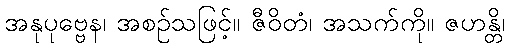
အနုပုဗ္ဗေန၊ အစဉ်သဖြင့်။ ဇီဝိတံ၊ အသက်ကို။ ဇဟန္တိ၊